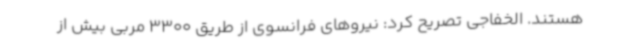
هستند. الخفاجی تصریح کرد: نیروهای فرانسوی از طریق 3300 مربی بیش از